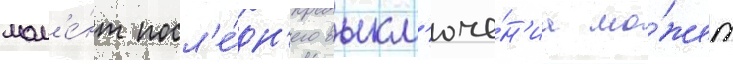
мом'е́нт посл'е́дн'его выкл'юче́н'иа мо́жет